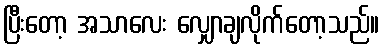
ပြီးတော့ အသာလေး လျှောချလိုက်တော့သည်။